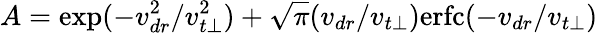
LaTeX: A=\exp(-v_{dr}^{2}/v_{t\perp}^{2})+\sqrt{\pi}(v_{dr}/v_{t\perp})\mathrm{erfc}(-v_{dr}/v_{t\perp})